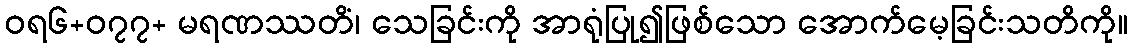
ဝရ၆+၀၇၇+ မရဏဿတိံ၊ သေခြင်းကို အာရုံပြု၍ဖြစ်သော အောက်မေ့ခြင်းသတိကို။